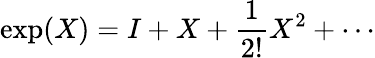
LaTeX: \exp(X)=I+X+{\frac{1}{2!}}X^{2}+\cdots